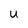
Character: u